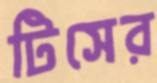
টিসের